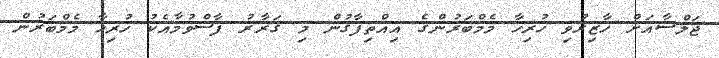
ޖަލްސާއަށް ހާޒިރުވި ހުރިހާ މެމްބަރުންގެ އިއްތިފާގުން މި ގަރާރު ފާސްވުމާއެކު ހުރިހާ މެމްބަރުން